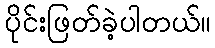
ပိုင်းဖြတ်ခဲ့ပါတယ်။